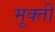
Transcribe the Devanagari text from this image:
मूक्ती